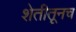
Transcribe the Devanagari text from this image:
शेतीतूनच